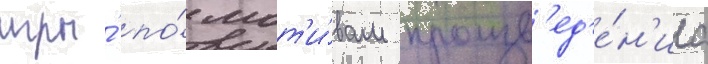
игры́ по́ мот'и́вам произв'ед'е́н'иа